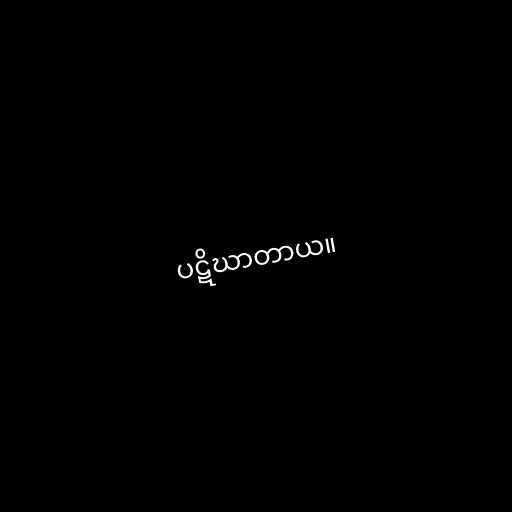
ပဋိဃာတာယ။